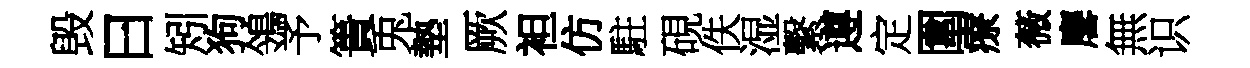
毁曰矧狗鴒予簣兎墊厥袒仿駐硯佚湿繫遵定圍療薇麐無识